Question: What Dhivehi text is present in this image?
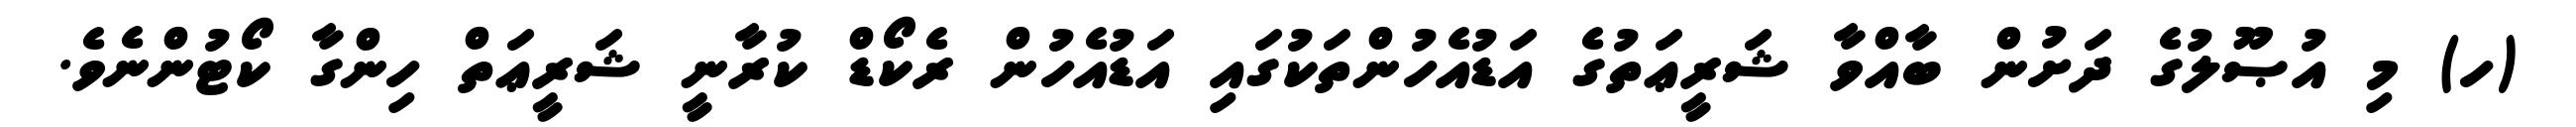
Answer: (ހ) މި އުޞޫލުގެ ދަށުން ބާއްވާ ޝަރީޢަތުގެ އަޑުއެހުންތަކުގައި އަޑުއެހުން ރެކޯޑް ކުރާނީ ޝަރީޢަތް ހިންގާ ކޯޓުންނެވެ.